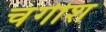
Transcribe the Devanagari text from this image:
चंगीश